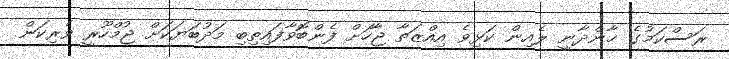
ރަސްކަމުގެ ޚާންދާނީ ލެއިން ކަޅިވެ އިއްޒަތާ ޖާހަށް ފެންބޮވާފައިތިބި މަދުބަޔަކަށް ޖުމްހޫރީ ވެރިކަން